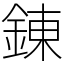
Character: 錬